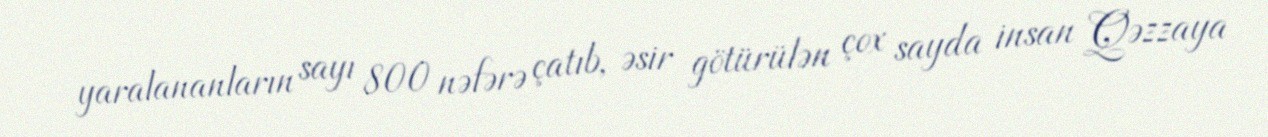
yaralananların sayı 800 nəfərə çatıb, əsir götürülən çox sayda insan Qəzzaya